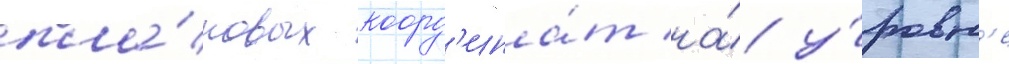
пла́новых коорд'ина́т на́ у́ровн'е